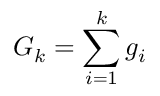
G _ { k } = \sum _ { i = 1 } ^ { k } g _ { i }